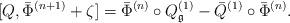
LaTeX: \begin{align*}[Q,\Bar{\Phi}^{(n+1)}+\zeta]=\Bar\Phi^{(n)}\circ Q_\mathfrak{g}^{(1)}-\Bar{Q}^{(1)}\circ\Bar\Phi^{(n)}.\end{align*}